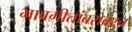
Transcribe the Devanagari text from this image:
भावगीतांबरोबरच